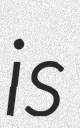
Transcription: is